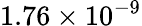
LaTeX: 1.76\times 10^{-9}